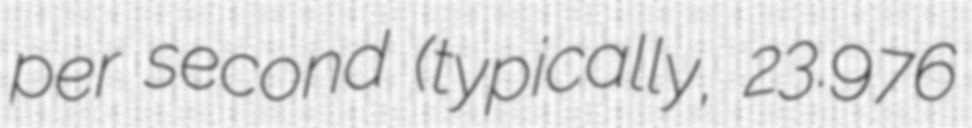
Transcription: per second (typically, 23.976